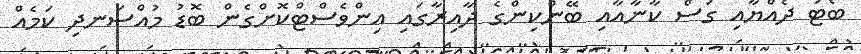
ބޯޓު ދެއްޔާއި ގަސް ކާނާއާއި ބޭންކިންގެ ދާއިރާގައި އިންވެސްޓްކޮށްގެން ބޮޑު މުއްސަނދި ކަމެއް